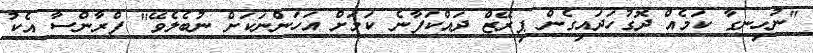
"ނުހިނގާ ކަމެއް ދޮގުހަދައިގެން ޕިރޭޒް ދައްކަފާނެ ކަމަށް އަހަންނަކަށް ނުބެލެވޭ" ފްރާންސާ އެކު